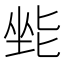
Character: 𫭿